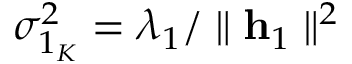
\sigma _ { 1 _ { K } } ^ { 2 } = \lambda _ { 1 } / \parallel \mathbf { h } _ { 1 } \parallel ^ { 2 }